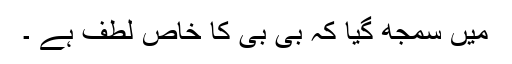
میں سمجھ گیا کہ بی بی کا خاص لطف ہے ۔